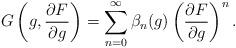
LaTeX: \begin{align*}G \left(g, {\partial F \over \partial g}\right)=\sum_{n=0}^{\infty} \beta_n(g)\left({\partial F \over \partial g}\right)^n.\end{align*}